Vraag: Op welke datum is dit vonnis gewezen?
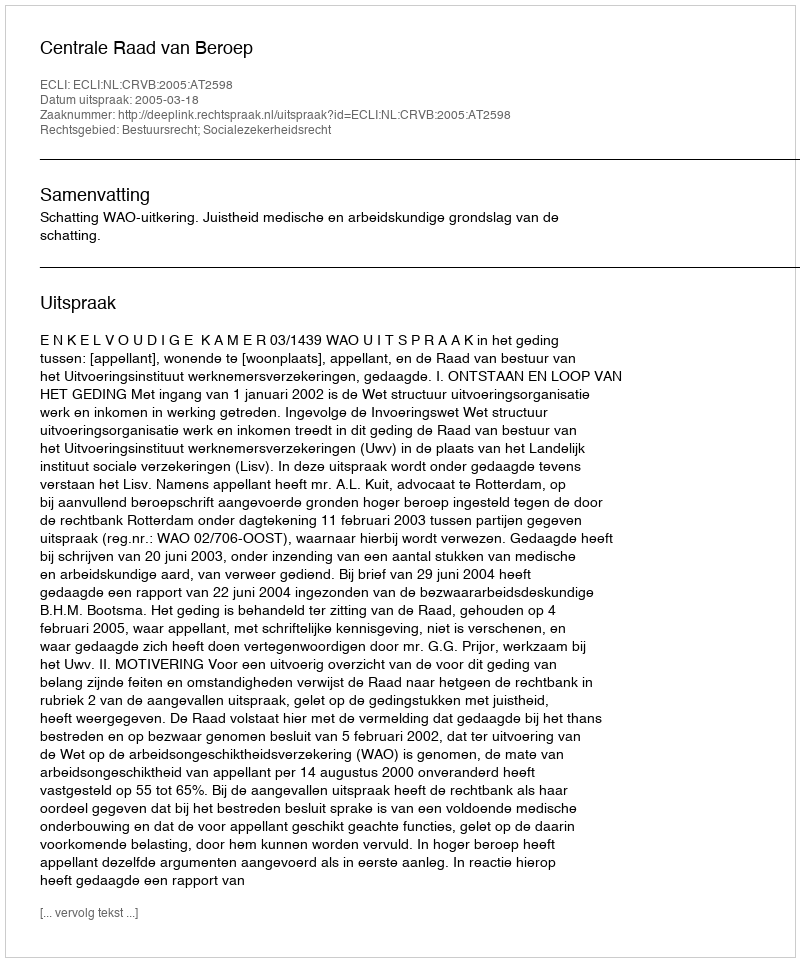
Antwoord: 2005-03-18